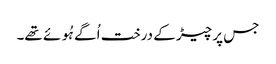
جس پر چیڑ کے درخت اُگے ہُوئے تھے۔